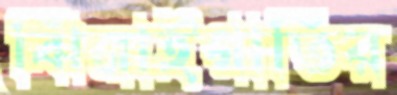
ঝিনাইগাতির